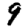
Digit: 9